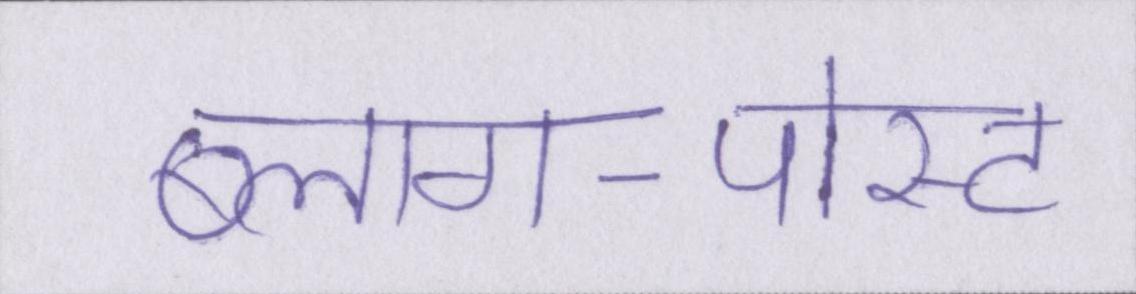
ब्लाग-पोस्ट